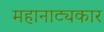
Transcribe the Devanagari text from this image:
महानाट्यकार